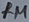
Text: 1M